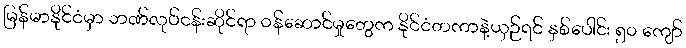
မြန်မာနိုင်ငံမှာ ဘဏ်လုပ်ငန်းဆိုင်ရာ ဝန်ဆောင်မှုတွေက နိုင်ငံတကာနဲ့ယှဉ်ရင် နှစ်ပေါင်း ၅၀ ကျော်